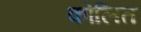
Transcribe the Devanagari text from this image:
कोलित